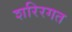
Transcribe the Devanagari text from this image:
शरिरगत